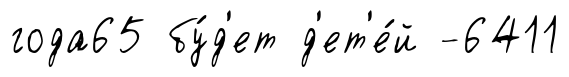
года65 бу́д'ет д'ет'е́й -6411